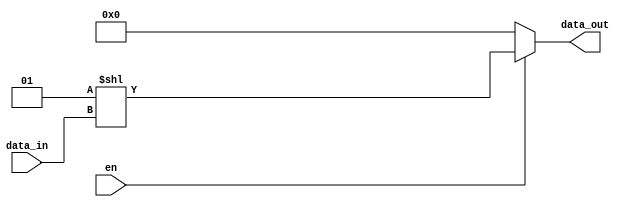
module m_n_decoder #(
    parameter M = 2,
    N = 2**M
)(
    input[M-1:0] data_in,
    input en,
    output reg [N-1:0] data_out
);

    always @(data_in, en) begin
        if(!en)
            data_out = 'b0;
        else 
            data_out = 1<<data_in;
    end

endmodule